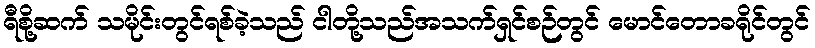
ရီစို့ဆက် သမိုင်းတွင်ရစ်ခဲ့သည် ငါတို့သည်အသက်ရှင်စဉ်တွင် မောင်တောခရိုင်တွင်